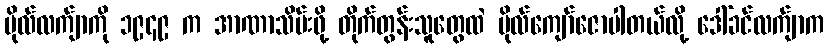
ဗိုလ်လက်ျာကို ၁၉၄၉ က အာဏာသိမ်းဖို့ တိုက်တွန်းသူတွေထဲ ဗိုလ်ကျော်ဇောပါတယ်လို့ ဒေါ်ခင်လက်ျာက